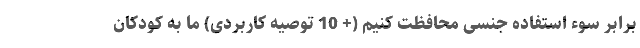
برابر سوءِ استفاده جنسی محافظت کنیم (+ 10 توصیه کاربردی) ما به کودکان